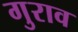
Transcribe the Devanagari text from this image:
गुराव